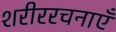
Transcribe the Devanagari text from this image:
शरीररचनाएँ